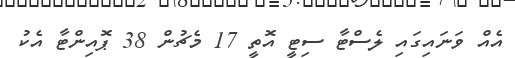
އެއް ވަނައިގައި ލެސްޓާ ސިޓީ އޮތީ 17 މެޗުން 38 ޕޮއިންޓާ އެކު